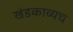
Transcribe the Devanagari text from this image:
खंडकाव्यच